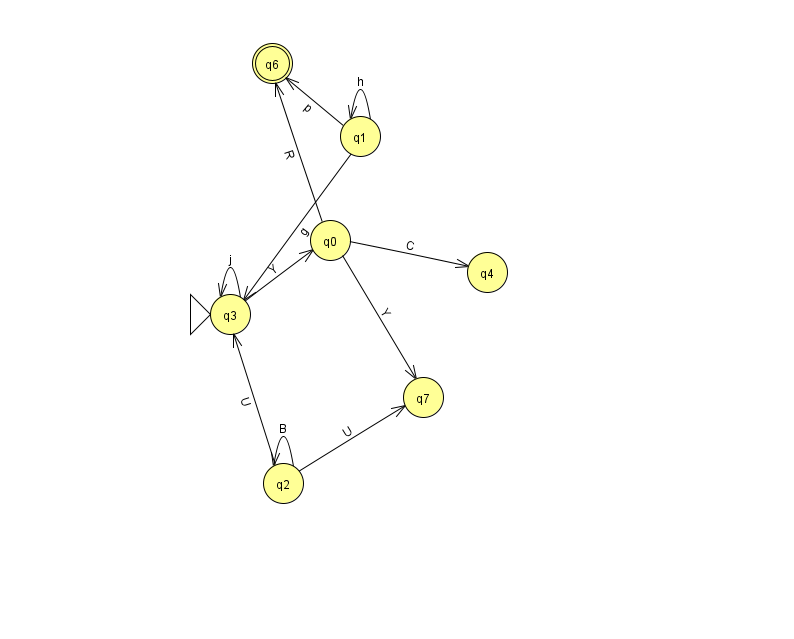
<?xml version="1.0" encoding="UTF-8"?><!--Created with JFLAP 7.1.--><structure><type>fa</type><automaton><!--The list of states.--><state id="0" name="q0"><x>330.0</x><y>227.0</y></state><state id="1" name="q1"><x>360.0</x><y>123.0</y></state><state id="2" name="q2"><x>283.0</x><y>470.0</y></state><state id="3" name="q3"><x>230.0</x><y>301.0</y><initial/></state><state id="4" name="q4"><x>487.0</x><y>259.0</y></state><state id="6" name="q6"><x>272.0</x><y>50.0</y><final/></state><state id="7" name="q7"><x>423.0</x><y>384.0</y></state><!--The list of transitions.--><transition><from>1</from><to>3</to><read>g</read></transition><transition><from>2</from><to>3</to><read>U</read></transition><transition><from>2</from><to>2</to><read>B</read></transition><transition><from>0</from><to>7</to><read>Y</read></transition><transition><from>0</from><to>4</to><read>C</read></transition><transition><from>1</from><to>1</to><read>h</read></transition><transition><from>3</from><to>3</to><read>j</read></transition><transition><from>0</from><to>6</to><read>R</read></transition><transition><from>2</from><to>7</to><read>U</read></transition><transition><from>1</from><to>6</to><read>p</read></transition><transition><from>3</from><to>0</to><read>Y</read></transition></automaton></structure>